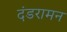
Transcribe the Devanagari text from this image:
दंडरामन